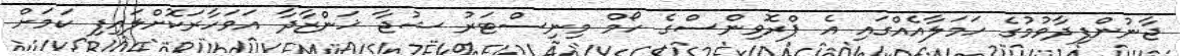
ޖާނުންފިދާވުމުގެ ހަމަލާއެއްގައި އެ ޕްރޮވިންސްގެ ހޯމް މިނިސްޓަރު ޝުޖާ ޚަންޒާދާ އަވަހާރަކޮށްލައިފި ކަމަށް